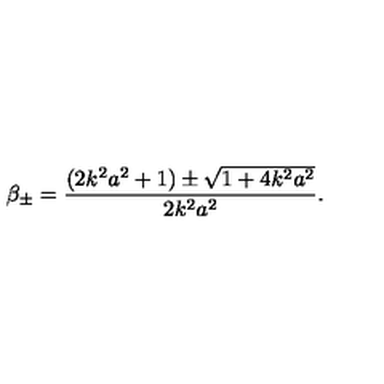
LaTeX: \beta _ { \pm } = \frac { ( 2 k ^ { 2 } a ^ { 2 } + 1 ) \pm \sqrt { 1 + 4 k ^ { 2 } a ^ { 2 } } } { 2 k ^ { 2 } a ^ { 2 } } .